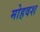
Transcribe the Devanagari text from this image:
मोहवश